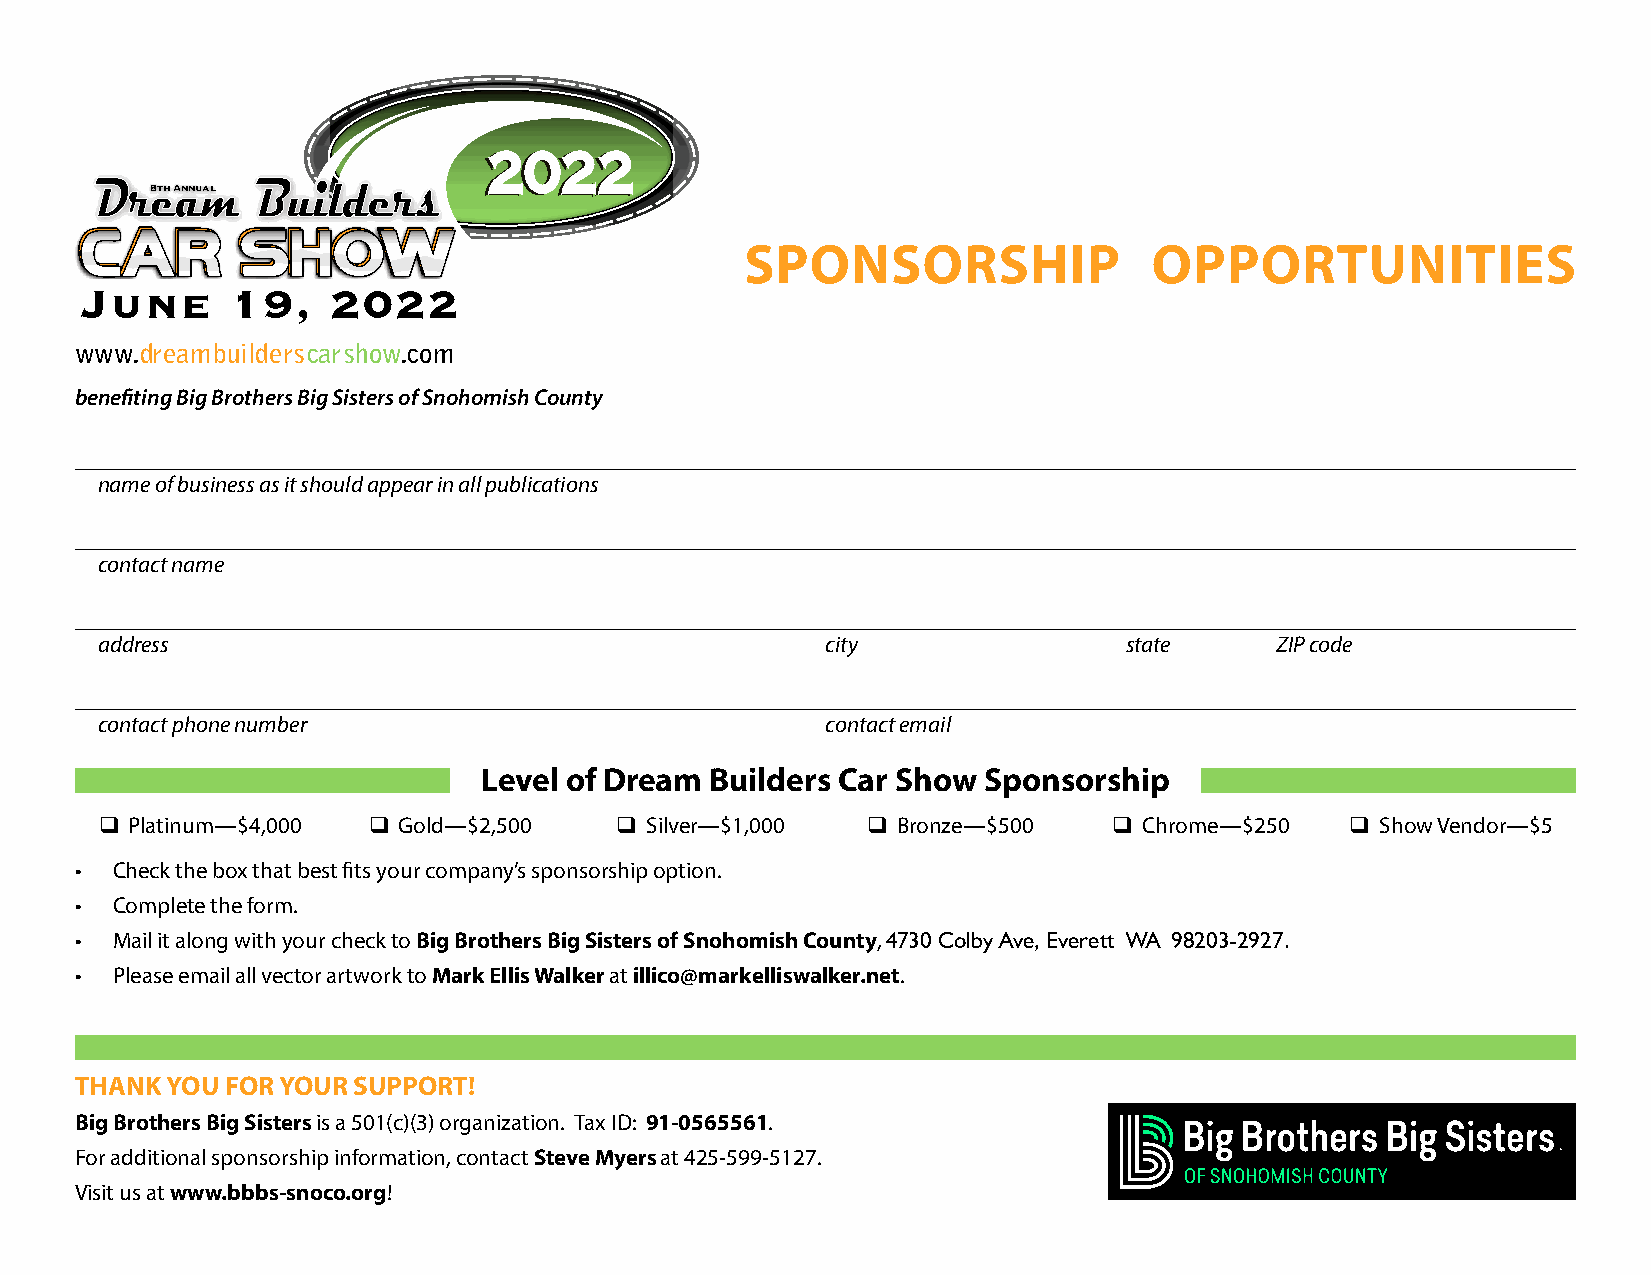
22002222
 88tthh AAnnnnuuaall
 SPONSORSHIP                OPPORTUNITIES
 June      19,    2022
 www.dreambuilderscarshow.com
 benefiting Big Brothers Big Sisters of Snohomish County
 name of business as it should appear in all publications
 contact name
 address                                          city               state     ZIP code
 contact phone number                             contact email
 Level of Dream Builders Car Show Sponsorship
  Platinum—$4,000  Gold—$2,500    Silver—$1,000  Bronze—$500     Chrome—$250   Show Vendor—$5
 • Check the box that best fits your company’s sponsorship option.
 • Complete the form.
 • Mail it along with your check to Big Brothers Big Sisters of Snohomish County, 4730 Colby Ave, Everett WA 98203-2927.
 • Please email all vector artwork to Mark Ellis Walker at illico@markelliswalker.net.
 THANK YOU FOR YOUR SUPPORT!
 Big Brothers Big Sisters is a 501(c)(3) organization. Tax ID: 91-0565561.
 For additional sponsorship information, contact Steve Myers at 425-599-5127.
 Visit us at www.bbbs-snoco.org!